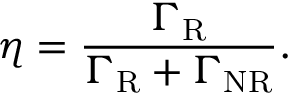
\eta = \frac { \Gamma _ { \mathrm { R } } } { \Gamma _ { \mathrm { R } } + \Gamma _ { \mathrm { N R } } } .